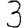
Digit: 3